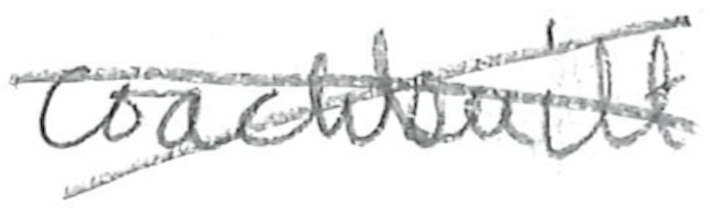
Text: coachbuilt
Cross-out: cross
Writing tool: pencil